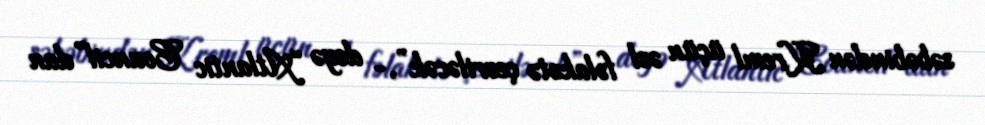
səbəbindən Kreml üçün əsl fəlakətə çevriləcək”,- deyə “Atlantic Council”dan